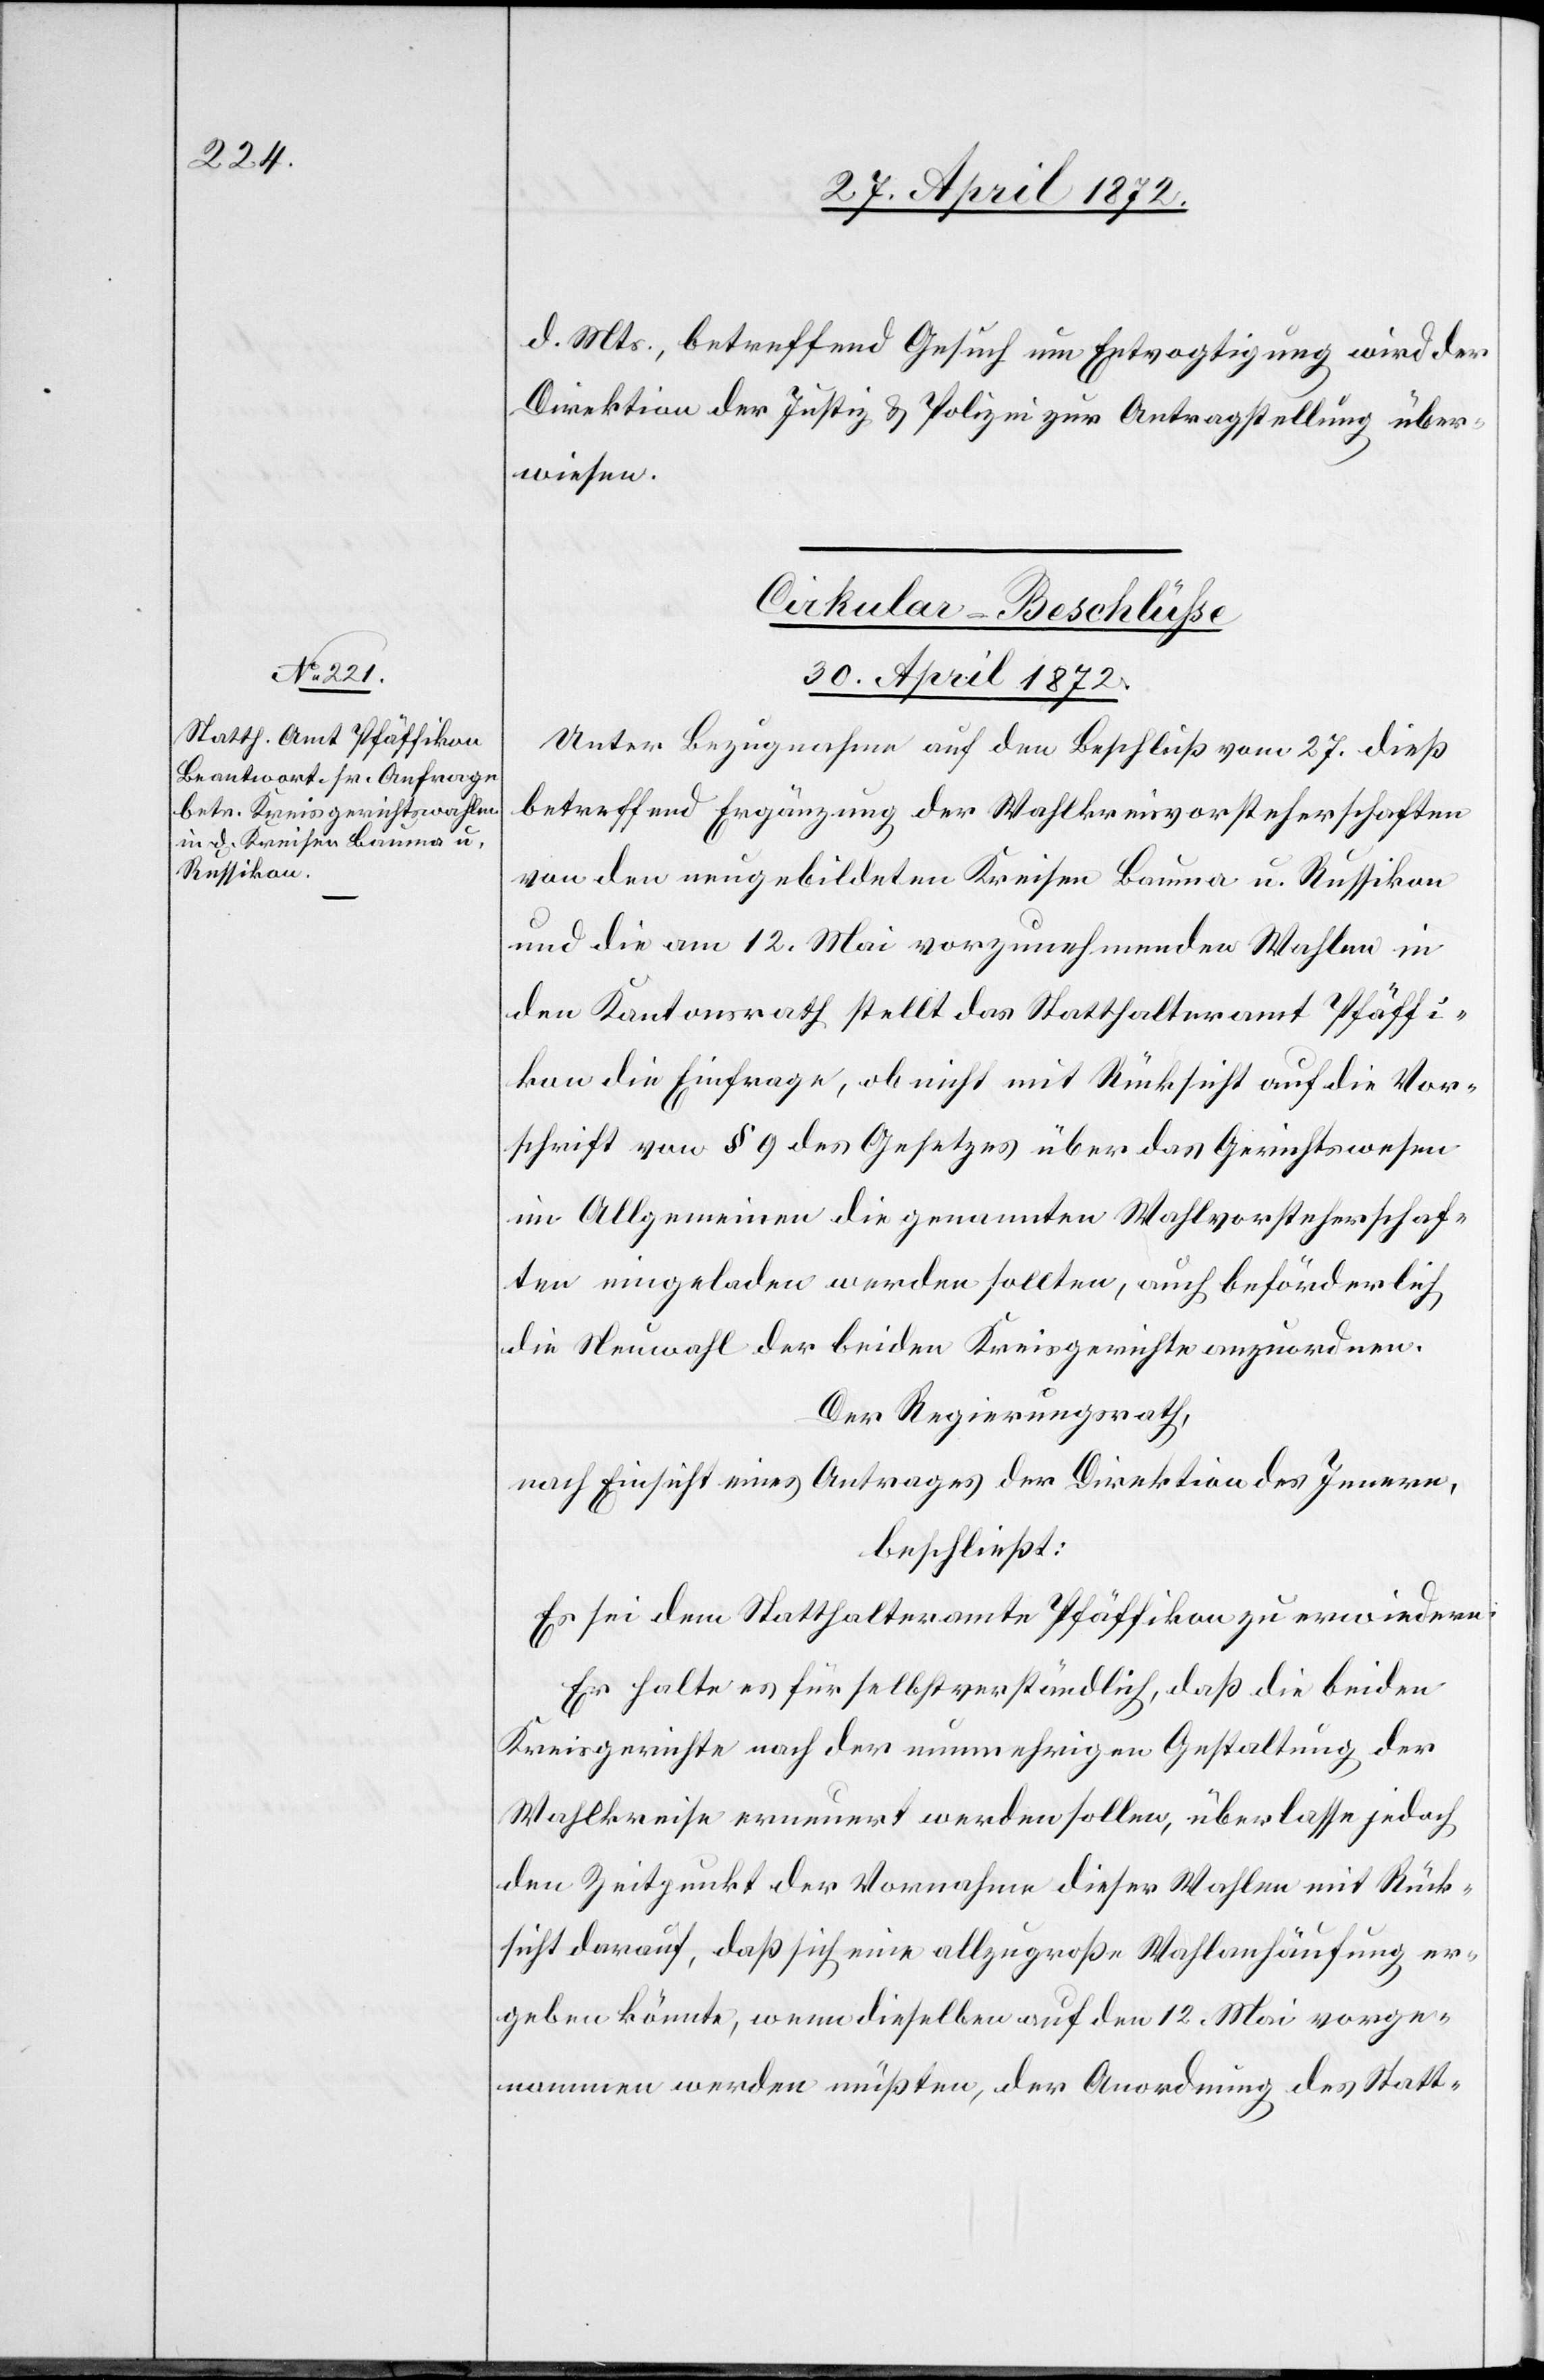
d. Mts., betreffend Gesuch um Entvogtigung wird der
Direktion der Justiz u. Polizei zur Antragstellung über¬
wiesen.
Cirkular-Beschlüße
30. April 1872.
Unter Bezugnahme auf den Beschluß vom 27. dieß
betreffend Ergänzung der Wahlkreisvorsteherschaften
von den neugebildeten Kreisen Bauma u. Russikon
und die am 12. Mai vorzunehmenden Wahlen in
den Kantonsrath stellt das Statthalteramt Pfäffi¬
kon die Einfrage, ob nicht mit Rücksicht auf die Vor¬
schrift von § 9 des Gesetzes über das Gerichtswesen
im Allgemeinen die genannten Wahlenvorsteherschaf¬
ten eingeladen werden sollten, auch beförderlich
die Neuwahl der beiden Kreisgerichte anzuordnen.
Der Regierungsrath,
nach Einsicht eines Antrages der Direktion des Innern,
beschließt:
Es sei dem Statthalteramt Pfäffikon zu erwiedern:
Er halte es für selbstverständlich, daß die beiden
Kreisgerichte nach der nunmehrigen Gestaltung der
Wahlkreise erneuert werden sollen, überlasse jedoch
den Zeitpunkt der Vornahme dieser Wahlen mit Rück¬
sicht darauf, daß sich eine allzugroße Wahlanhäufung er¬
geben könnte, wenn dieselben auf den 12. Mai vorge¬
nommen werden müßten, der Anordnung des Statt-